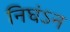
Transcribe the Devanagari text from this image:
निघंऽन